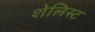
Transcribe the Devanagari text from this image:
शेलिस्ट